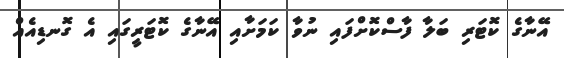
އޭނާގެ ކޮޓަރި ބަލާ ފާސްކޮށްފައި ނުވާ ކަމަށާއި އޭނާގެ ކޮޓަރީގައި އެ ގޮނޑިއެއް